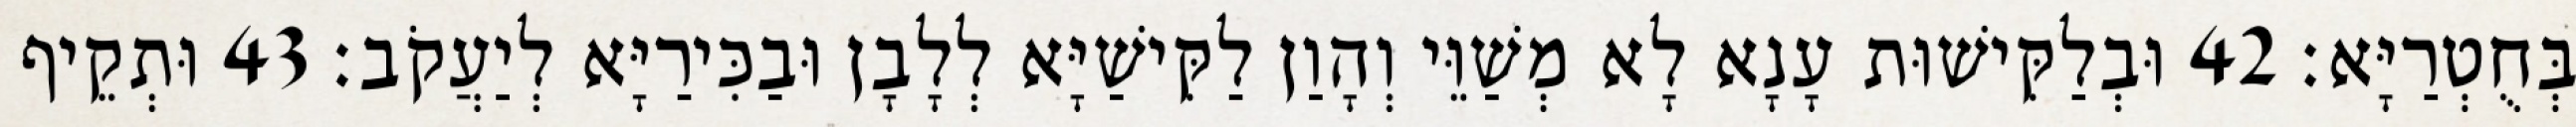
בְּחֻטְרַיָּא׃ 42 וּבְלַקִּישׁוּת עָנָא לָא מְשַׁוֵּי וְהָוַן לַקִּישַׁיָּא לְלָבָן וּבַכִּירַיָּא לְיַעֲקֹב׃ 43 וּתְקֵיף